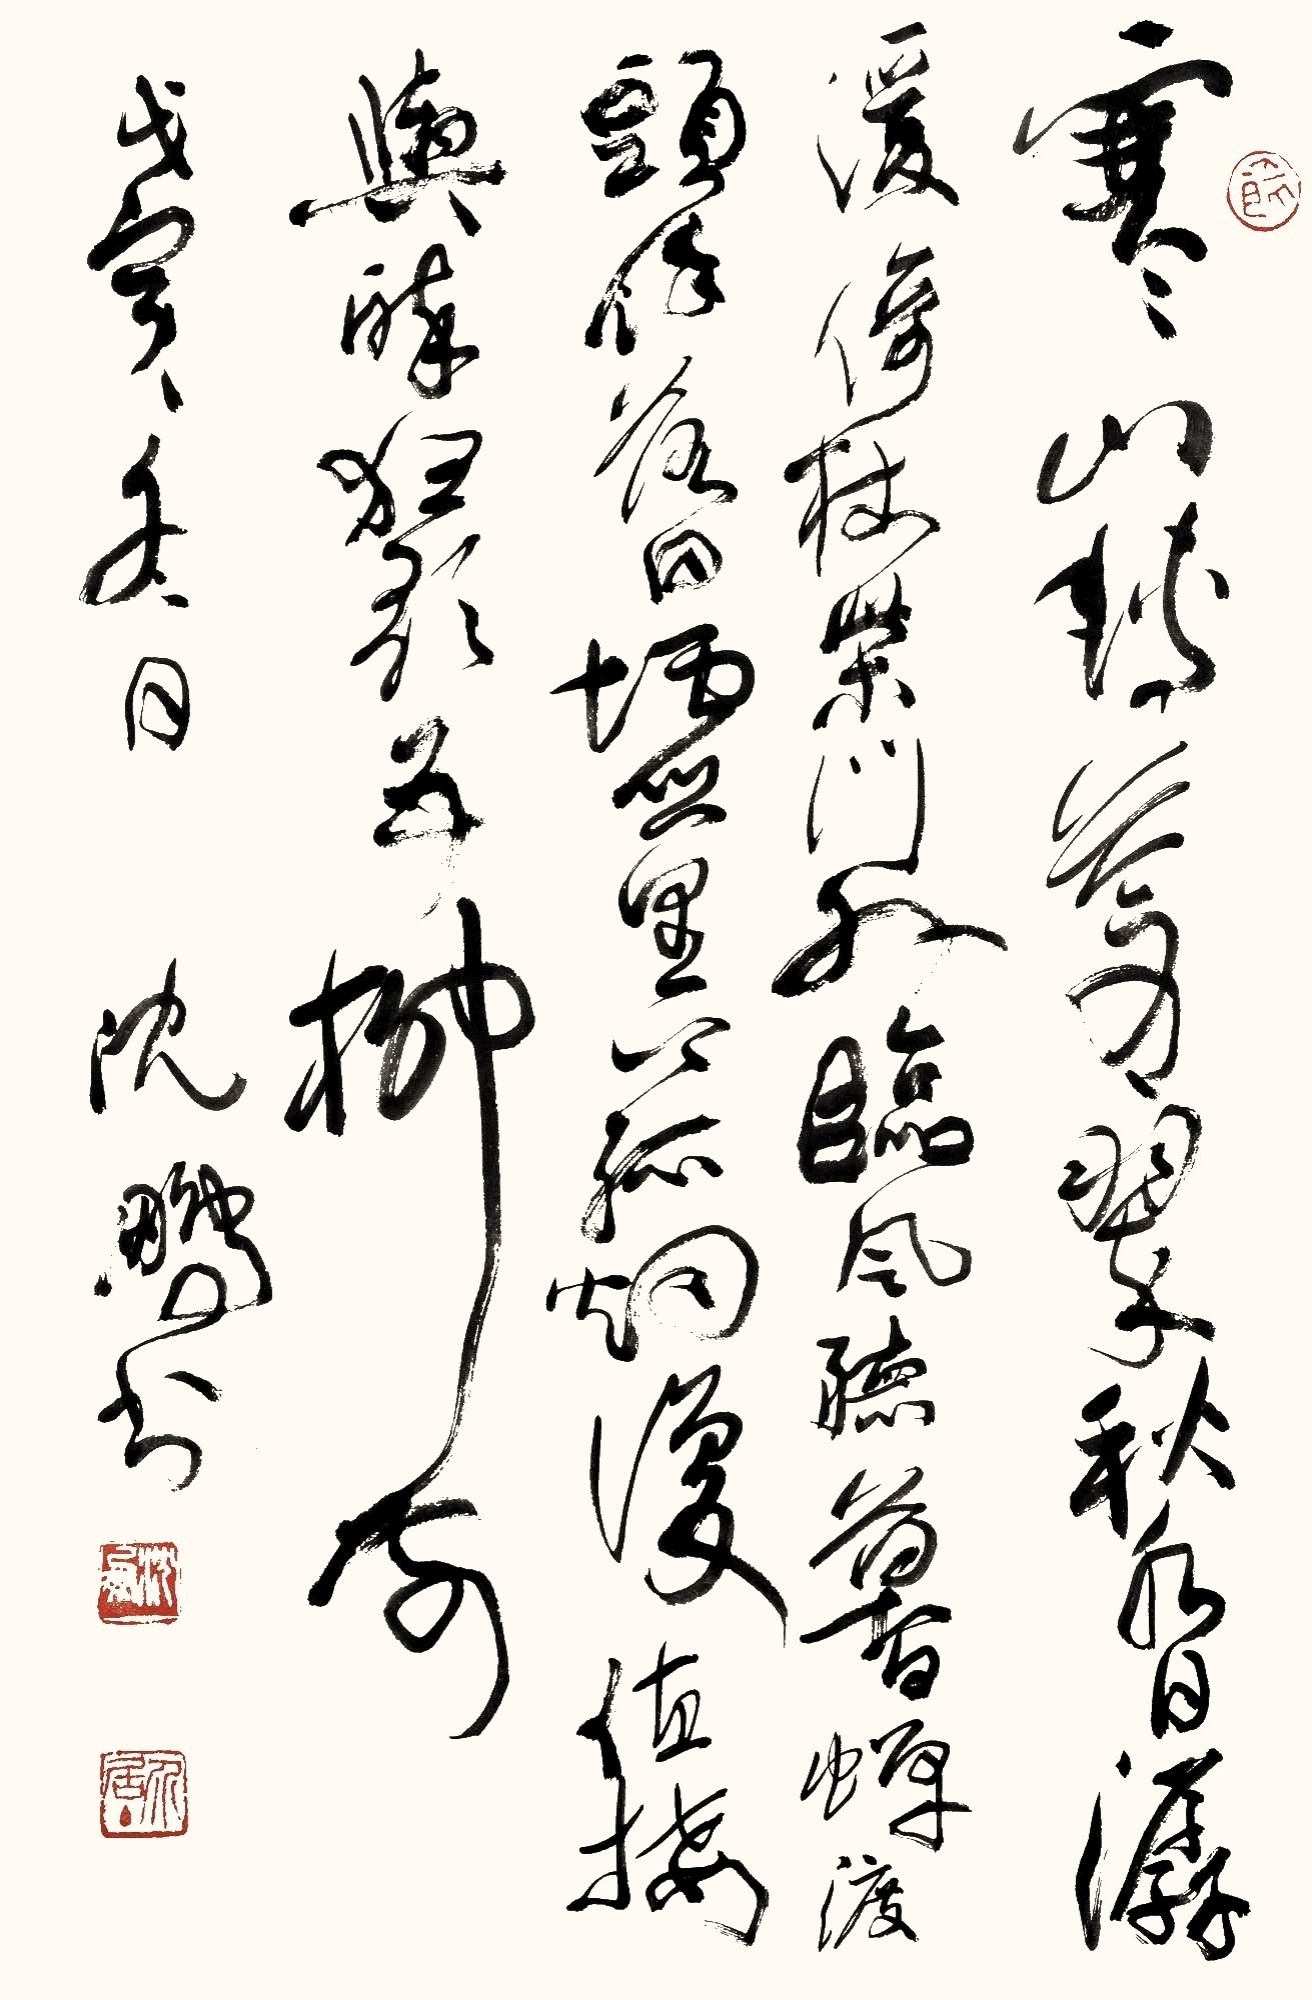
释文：寒山转苍翠，秋水日潺湲。倚杖柴门外，临风听暮蝉。渡头余落日，墟里上孤烟。复值接舆醉，狂歌五柳前。戊寅冬日。沈鹏书。